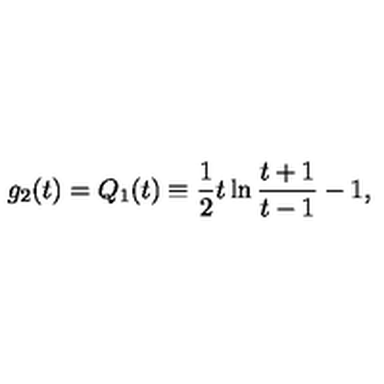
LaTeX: g _ { 2 } ( t ) = Q _ { 1 } ( t ) \equiv { \frac { 1 } { 2 } } t \ln { \frac { t + 1 } { t - 1 } } - 1 ,